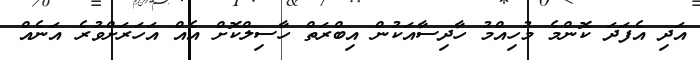
އަދި އެފަދަ ކޮންމެ މުހިއްމު ހާދިސާއަކުން އިބްރަތް ހާސިލްކޮށް އެއް އަހަރަށްވުރެ އަނެއް